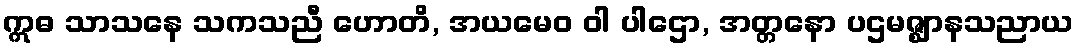
ဣဓ သာသနေ သကသညီ ဟောတိ, အယမေဝ ဝါ ပါဌော, အတ္တနော ပဌမဇ္ဈာနသညာယ